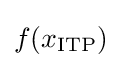
f(x_{\text{ITP}})